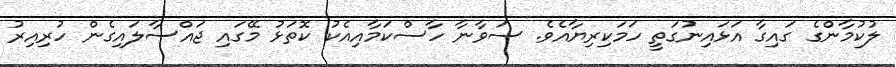
ލުކުމާންގެ ގައިގާ އަޅައިނުގަތީ ހަމަކިރިޔާއެވެ. ސަވާނާ ހާސްކަމާއިއެކު ކޮތަޅު މޭގައި ޖައްސާލައިގެން ހުރިއިރު